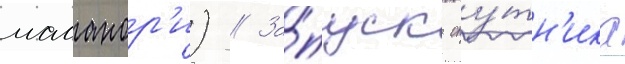
масанор'и) // За́пуск спу́тн'ика